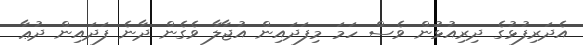
އެދަރިފުޅުގެ ދިރިއުޅުން ވެސް ހަމަ މިފަދައިން އުޖާލާ ވެގެން ދާނެ ފަދައިން ދުޢާ